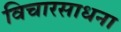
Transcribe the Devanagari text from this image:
विचारसाधना